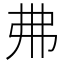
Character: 𢎵